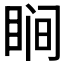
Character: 𬑗